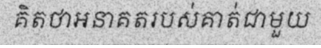
គិតថាអនាគតរបស់គាត់ជាមួយ